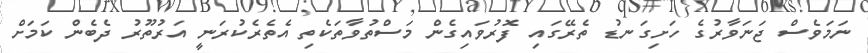
ނަމަވެސް ޖަނަވާރުގެ ހަށިގަނޑު ތެރޭގައި ފޮރުވައިގެން މަސްތުވާތަކެތި އެތެރެކުރަނީ އަރުތޫރު ދެބެން ކަމަށް